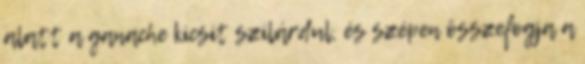
alatt a ganache kicsit szilárdul, és szépen összefogja a